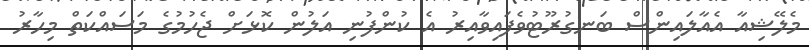
މެލޭޝިއާ އެއާލައިންސް ބަނގުރޫޓުވެފައިވާއިރު އެ ކުންފުނި އަލުން ކޮޅަށް ޖެހުމުގެ މަސައްކަތް މިހާރު